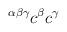
LaTeX: \begin{align*}^{\alpha \beta \gamma }c^{\beta }c^{\gamma }\end{align*}